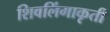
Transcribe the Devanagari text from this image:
शिवलिंगाकृती